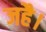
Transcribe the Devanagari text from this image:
जहै।